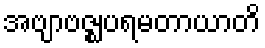
အဗျာဗဇ္ဈပရမတာယာတိ